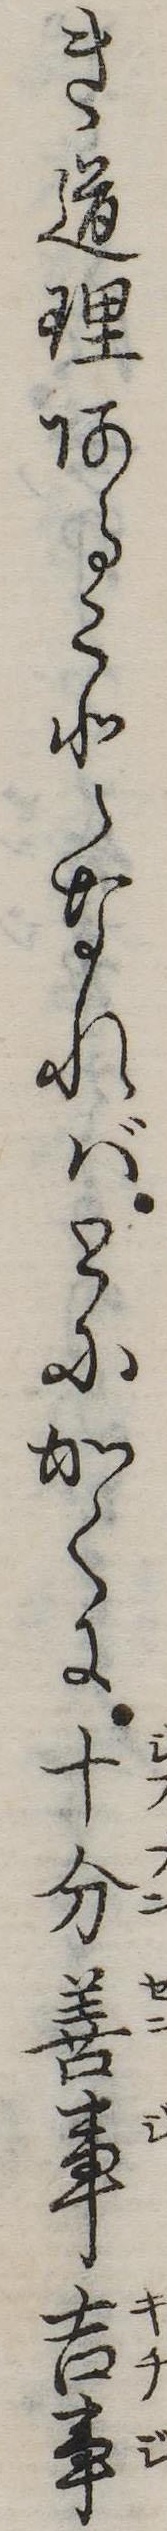
き道理あることなればとにかくに十分善事吉事